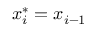
x _ { i } ^ { * } = x _ { i - 1 }